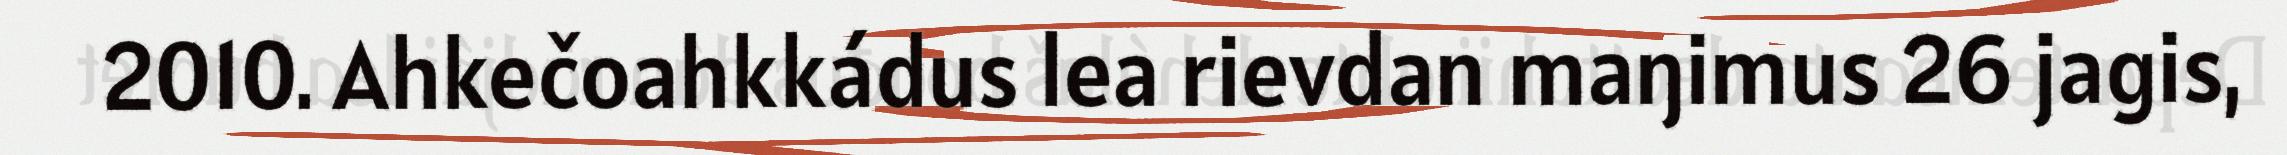
2010. Ahkečoahkkádus lea rievdan maŋimus 26 jagis,